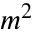
m ^ { 2 }